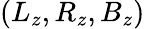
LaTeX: (L_{z},R_{z},B_{z})